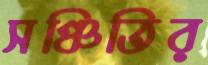
সঞ্চিতির